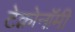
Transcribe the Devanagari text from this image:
टेक्नोनॉमी